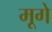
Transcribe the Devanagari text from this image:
मूगे